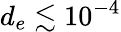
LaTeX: d_{e}\lesssim 10^{-4}